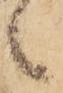
候